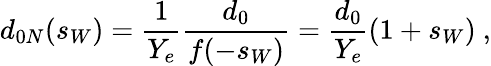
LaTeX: d_{0N}(s_{W})={\frac{1}{Y_{e}}}{\frac{d_{0}}{f(-s_{W})}}={\frac{d_{0}}{Y_{e}}}(1+s_{W})~,